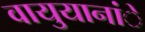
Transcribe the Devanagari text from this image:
वायुयानांे